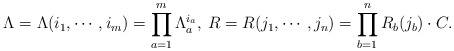
\begin{align*} \Lambda = \Lambda (i_1, \cdots , i_m) = \prod_{a=1}^{m} \Lambda _a ^{i_a}, \medspace R = R(j_1, \cdots , j_n) = \prod_{b=1}^{n} R_b (j_b) \cdot C.\end{align*}